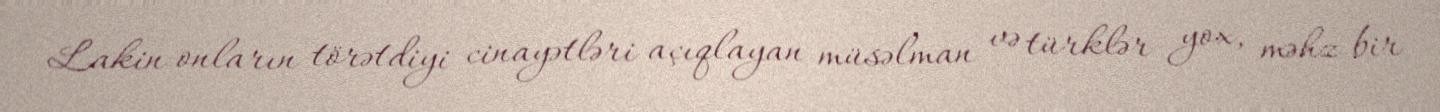
Lakin onların törətdiyi cinayətləri açıqlayan müsəlman və türklər yox, məhz bir